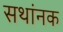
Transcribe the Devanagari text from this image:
सथांनक